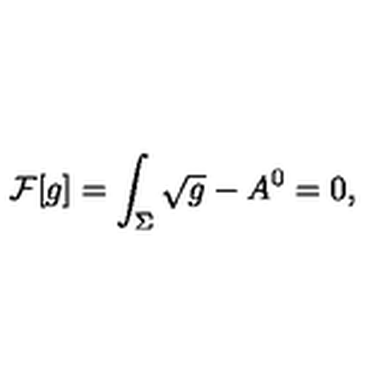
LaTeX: { \cal F } [ g ] = \int _ { \Sigma } \sqrt { g } - A ^ { 0 } = 0 ,